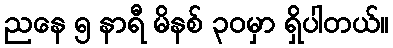
ညနေ ၅ နာရီ မိနစ် ၃၀မှာ ရှိပါတယ်။